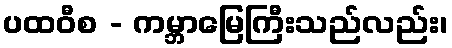
ပထဝီစ - ကမ္ဘာမြေကြီးသည်လည်း၊